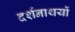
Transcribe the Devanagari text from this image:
दर्शनाथयों